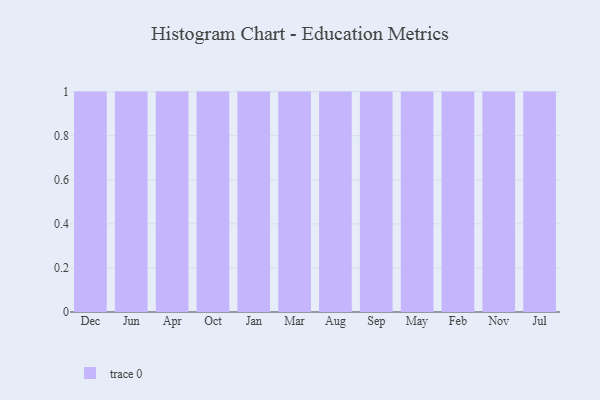
{"axis": {"x": "Month", "y": "Operating Costs (USD K)"}, "legend": [""], "data": [{"x": "Dec", "y": 44, "type": ""}, {"x": "Jun", "y": 43, "type": ""}, {"x": "Apr", "y": 17, "type": ""}, {"x": "Oct", "y": 65, "type": ""}, {"x": "Jan", "y": 30, "type": ""}, {"x": "Mar", "y": 51, "type": ""}, {"x": "Aug", "y": 37, "type": ""}, {"x": "Sep", "y": 47, "type": ""}, {"x": "May", "y": 100, "type": ""}, {"x": "Feb", "y": 51, "type": ""}, {"x": "Nov", "y": 39, "type": ""}, {"x": "Jul", "y": 48, "type": ""}]}